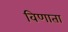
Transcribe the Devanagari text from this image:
विणाता